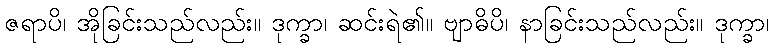
ဇရာပိ၊ အိုခြင်းသည်လည်း။ ဒုက္ခာ၊ ဆင်းရဲ၏။ ဗျာဓိပိ၊ နာခြင်းသည်လည်း။ ဒုက္ခာ၊